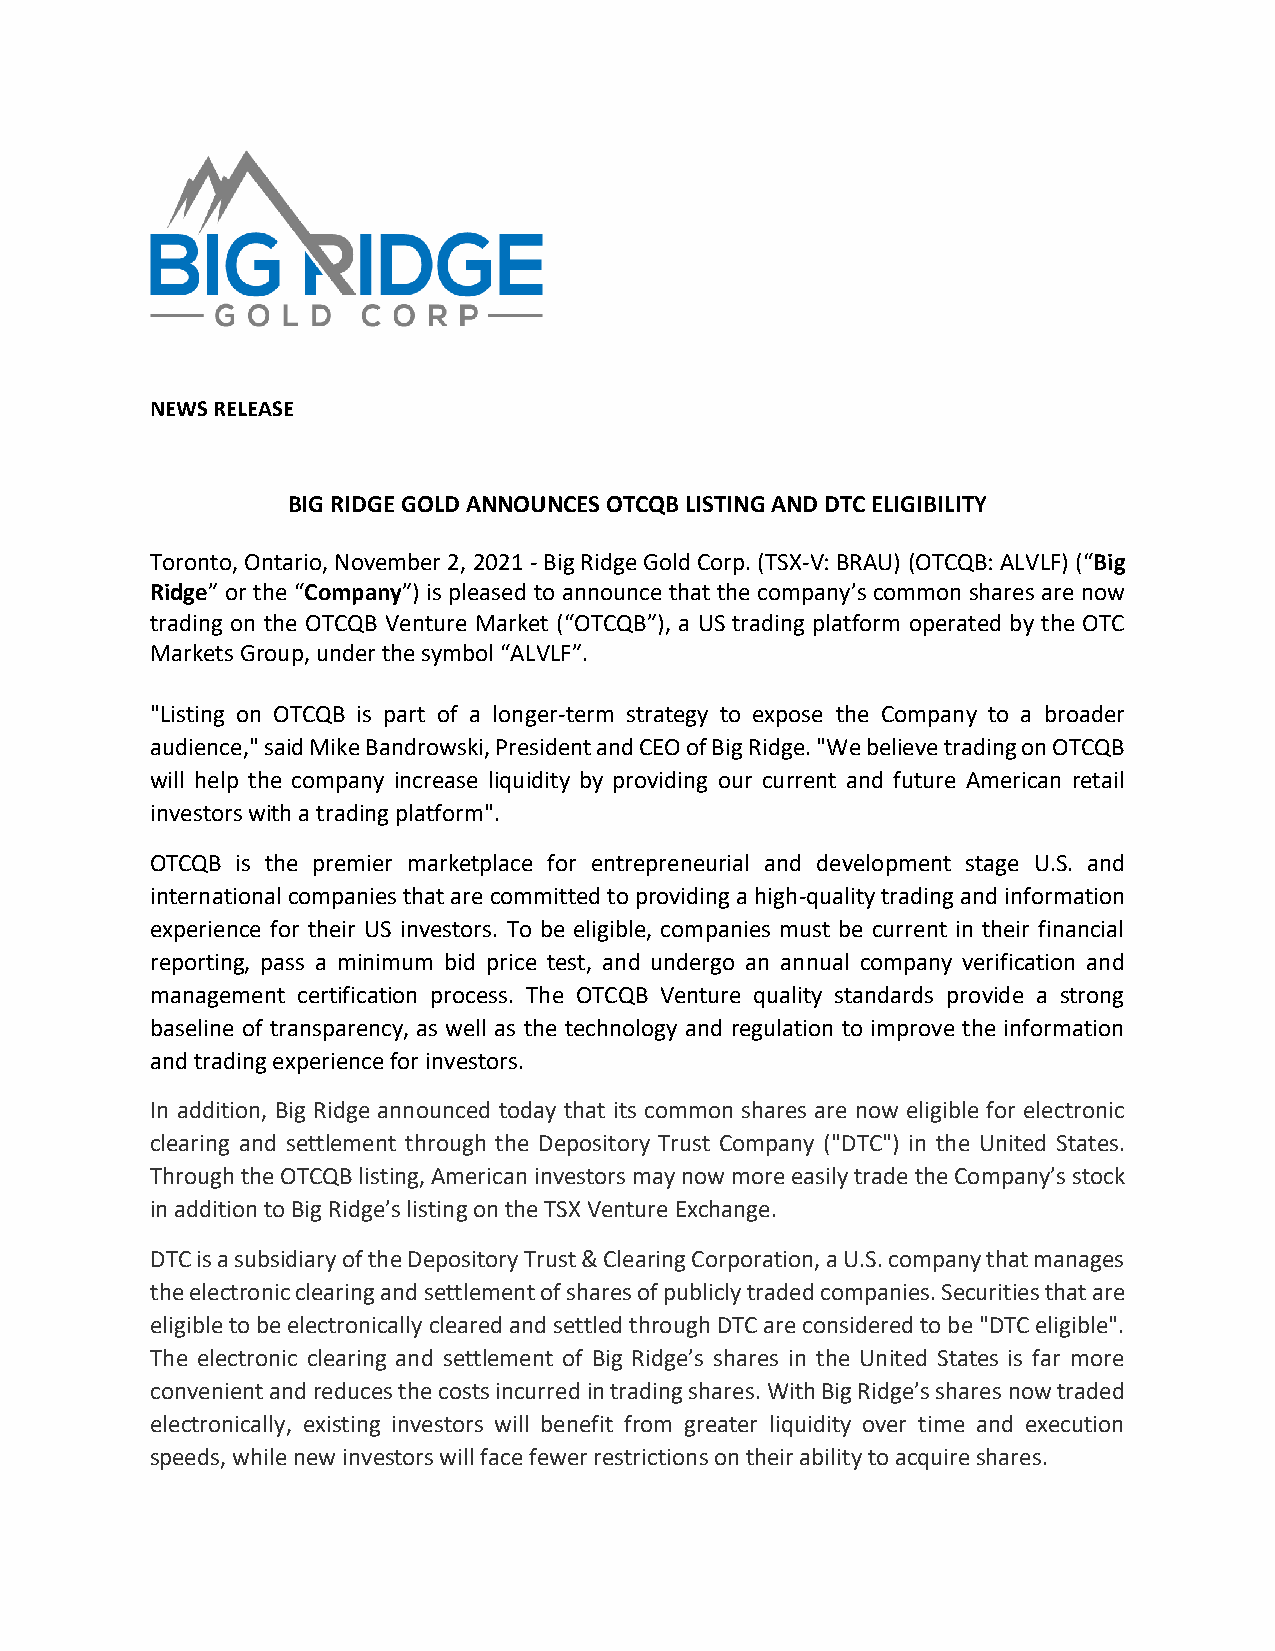
NEWS RELEASE
 BIG RIDGE GOLD ANNOUNCES OTCQB LISTING AND DTC ELIGIBILITY
 Toronto, Ontario, November 2, 2021 - Big Ridge Gold Corp. (TSX-V: BRAU) (OTCQB: ALVLF) (“Big
 Ridge” or the “Company”) is pleased to announce that the company’s common shares are now
 trading on the OTCQB Venture Market (“OTCQB”), a US trading platform operated by the OTC
 Markets Group, under the symbol “ALVLF”.
 "Listing on OTCQB is part of a longer-term strategy to expose the Company to a broader
 audience," said Mike Bandrowski, President and CEO of Big Ridge. "We believe trading on OTCQB
 will help the company increase liquidity by providing our current and future American retail
 investors with a trading platform".
 OTCQB is the premier marketplace for entrepreneurial and development stage U.S. and
 international companies that are committed to providing a high-quality trading and information
 experience for their US investors. To be eligible, companies must be current in their financial
 reporting, pass a minimum bid price test, and undergo an annual company verification and
 management certification process. The OTCQB Venture quality standards provide a strong
 baseline of transparency, as well as the technology and regulation to improve the information
 and trading experience for investors.
 In addition, Big Ridge announced today that its common shares are now eligible for electronic
 clearing and settlement through the Depository Trust Company ("DTC") in the United States.
 Through the OTCQB listing, American investors may now more easily trade the Company’s stock
 in addition to Big Ridge’s listing on the TSX Venture Exchange.
 DTC is a subsidiary of the Depository Trust & Clearing Corporation, a U.S. company that manages
 the electronic clearing and settlement of shares of publicly traded companies. Securities that are
 eligible to be electronically cleared and settled through DTC are considered to be "DTC eligible".
 The electronic clearing and settlement of Big Ridge’s shares in the United States is far more
 convenient and reduces the costs incurred in trading shares. With Big Ridge’s shares now traded
 electronically, existing investors will benefit from greater liquidity over time and execution
 speeds, while new investors will face fewer restrictions on their ability to acquire shares.